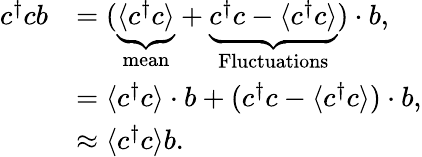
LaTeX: \begin{array}{rl}{c^{\dagger}cb}&{=(\underbrace{\langle c^{\dagger}c\rangle}_{\mathrm{mean}}+\underbrace{c^{\dagger}c-\langle c^{\dagger}c\rangle}_{\mathrm{Fluctuations}})\cdot b,}\\ &{=\langle c^{\dagger}c\rangle\cdot b+(c^{\dagger}c-\langle c^{\dagger}c\rangle)\cdot b,}\\ &{\approx\langle c^{\dagger}c\rangle b.}\end{array}